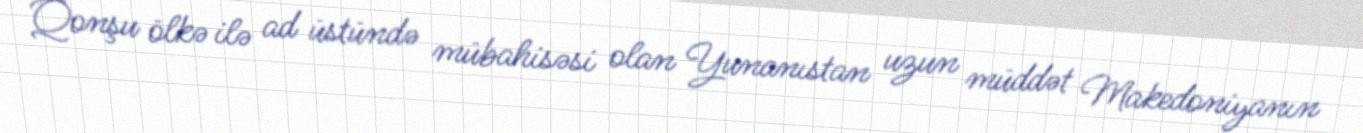
Qonşu ölkə ilə ad üstündə mübahisəsi olan Yunanıstan uzun müddət Makedoniyanın